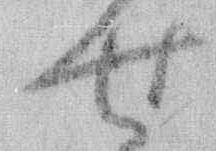
せ